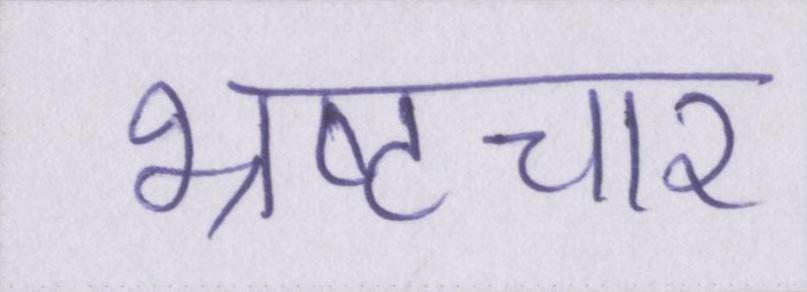
भ्रष्टचार